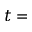
t =